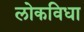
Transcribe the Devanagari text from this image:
लोकविधा